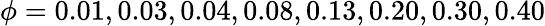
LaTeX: \phi=0.01,0.03,0.04,0.08,0.13,0.20,0.30,0.40